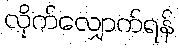
လိုက်လျှောက်ရန်